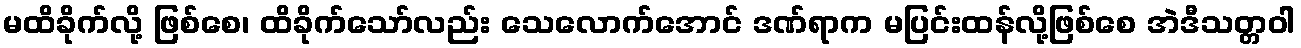
မထိခိုက်လို့ ဖြစ်စေ၊ ထိခိုက်သော်လည်း သေလောက်အောင် ဒဏ်ရာက မပြင်းထန်လို့ဖြစ်စေ အဲဒီသတ္တဝါ